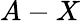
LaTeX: A-X